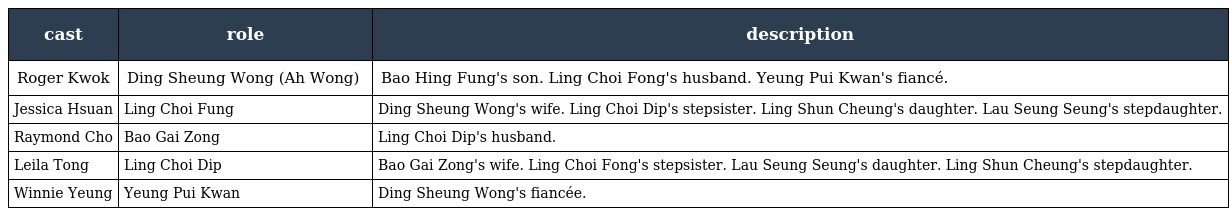
| cast | role | description |
 | --- | --- | --- |
 | Roger Kwok | Ding Sheung Wong (Ah Wong) 丁常旺 | Bao Hing Fung's son. Ling Choi Fong's husband. Yeung Pui Kwan's fiancé. |
 | Jessica Hsuan | Ling Choi Fung 凌彩鳳 | Ding Sheung Wong's wife. Ling Choi Dip's stepsister. Ling Shun Cheung's daughter. Lau Seung Seung's stepdaughter. |
 | Raymond Cho | Bao Gai Zong 包繼宗 | Ling Choi Dip's husband. |
 | Leila Tong | Ling Choi Dip 凌彩蝶 | Bao Gai Zong's wife. Ling Choi Fong's stepsister. Lau Seung Seung's daughter. Ling Shun Cheung's stepdaughter. |
 | Winnie Yeung | Yeung Pui Kwan 楊佩君 | Ding Sheung Wong's fiancée. |